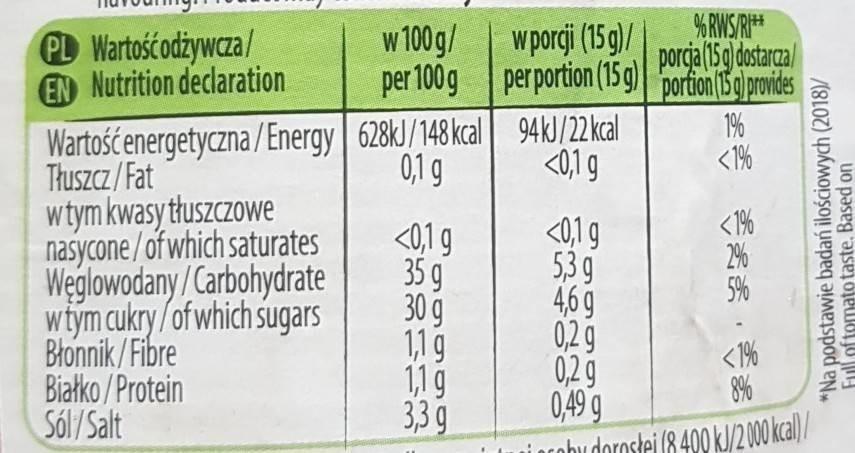
PL Wartość odżywcza/ EN Nutrition declaration
% RWS/RI* porca (15g) dostargal per 100 g perportion (15g) portion (Ba proides
w 100g/
wporgji (15g)/
Wartośćenergetyczna / Energy | 628kJ/148 kcal 94kJ/22 kal Tłuszcz/Fat wtym kwasy tłuszczowe nasycone/of which saturates Weglowodany/Carbohydrate wtym cukry /of which sugars Błonnik /Fibre Białko /Protein Sól/ Salt
19% <1%
0,1 g
<0,1 g
<1% 2% 5%
<019 35 9 30 g 1,1 9 11g 33 g
<01g 5,3 9 4,69 029 0,29 0,49 9 i ocobu dorostei (8 400 kJ/2000 kal)/
<1% 8%
*Na podstawie badań ilościowych (2018)/ Full of tomato taste, Based on